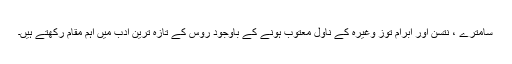
سامترے ، نتسن اور ابرام توز وغیرہ کے ناول معتوب ہونے کے باوجود روس کے تازہ ترین ادب میں اہم مقام رکھتے ہیں۔